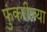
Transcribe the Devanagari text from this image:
फुंकरीच्या